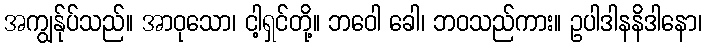
အကျွန်ုပ်သည်။ အာဝုသော၊ ငါ့ရှင်တို့။ ဘဝေါ ခေါ၊ ဘဝသည်ကား။ ဥပါဒါနနိဒါနော၊